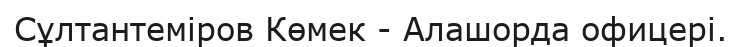
Сұлтантеміров Көмек - Алашорда офицері.